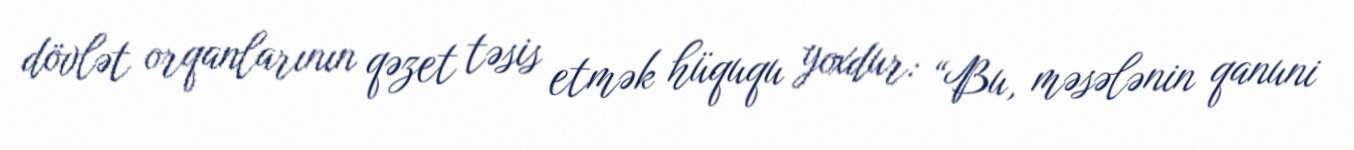
dövlət orqanlarının qəzet təsis etmək hüququ yoxdur: “Bu, məsələnin qanuni